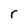
Character: r